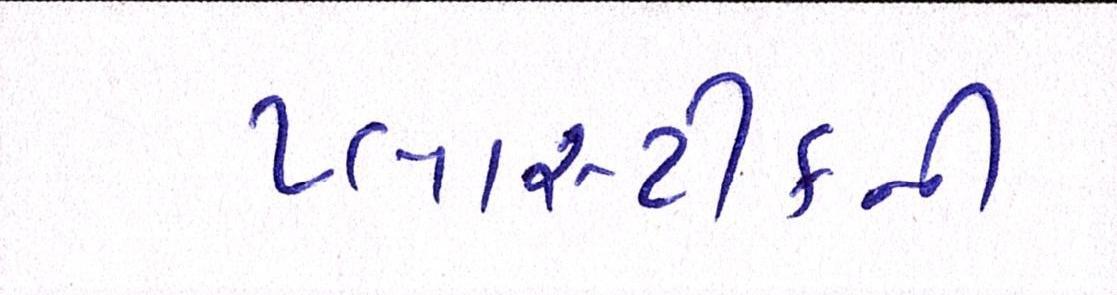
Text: પ્લાસ્ટીકની